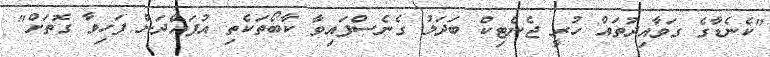
"ކެނެޑާގެ ގަވާއިދުތައް ހުރީ ޖެނެޓިކް ބަދަލު ގެނެސްފައިވާ ކާބޯތަކެތި އުފައްދަން ފަހިވާ ގޮތަށް"